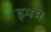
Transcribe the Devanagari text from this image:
इमम